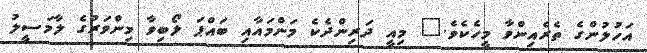
އަހުލުންގެ ތެރެއިންވާ މީހެކެވެ." މިއީ ދަރިންދެކެ މަންމައާއި ބައްޕަ ލޯބިވާ މިންވަރުގެ ލާމަސީލު